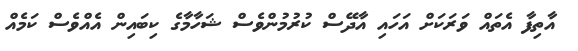
އާތިފާ އެތައް ވަރަކަށް އަހައި އާދޭސް ކުރުމުންވެސް ޝަހާމާގެ ކިބައިން އެއްވެސް ކަމެއް